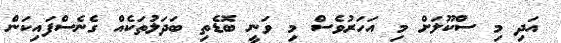
އަދި މި ސްކޫލަށް މި އަހަރުވެސް މި ވަނީ ބޮޑެތި ބަދަލުތަކެއް ގެނެސްފައިކަން